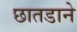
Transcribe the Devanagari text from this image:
छातडाने